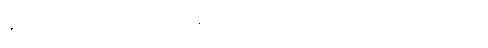
နီဝရဏပ္ပဟာနဝဂ္ဂ။ ။နီဝရဏကင်းခြင်း၏ အကျိုးများ၊